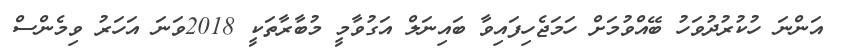
އަންނަ ހުކުރުދުވަހު ބޭއްވުމަށް ހަމަޖެހިފައިވާ ބައިނަލް އަގުވާމީ މުބާރާތަކީ 2018ވަނަ އަހަރު ވިމެންސް